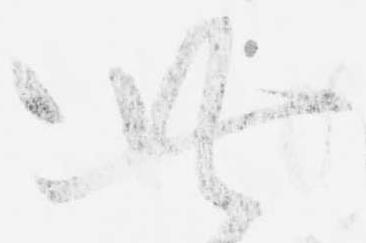
此